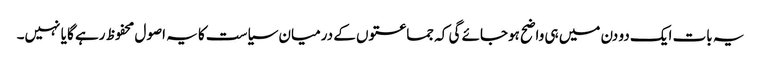
یہ بات ایک دو دن میں ہی واضح ہوجائے گی کہ جماعتوں کے درمیان سیاست کا یہ اصول محفوظ رہے گا یا نہیں۔